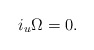
\begin{align*} i_u\Omega=0.\end{align*}